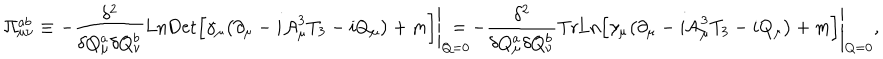
LaTeX: \Pi _ { \mu \nu } ^ { a b } \equiv - \frac { \delta ^ { 2 } } { \delta Q _ { \mu } ^ { a } \delta Q _ { \nu } ^ { b } } \mathrm { L n } { \mathrm { D e t } } \Big [ \gamma _ { \mu } \bigl ( \partial _ { \mu } - i { \cal A } _ { \mu } ^ { 3 } T _ { 3 } - i Q _ { \mu } \bigr ) + m \Big ] \Bigg \vert _ { Q = 0 } \hspace { - 3 e x } = - \frac { \delta ^ { 2 } } { \delta Q _ { \mu } ^ { a } \delta Q _ { \nu } ^ { b } } \mathrm { T r } \mathrm { L n } \Big [ \gamma _ { \mu } \bigl ( \partial _ { \mu } - i { \cal A } _ { \mu } ^ { 3 } T _ { 3 } - i Q _ { \mu } \bigr ) + m \Big ] \Bigg \vert _ { Q = 0 } ,